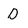
Character: D